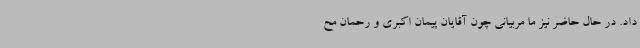
داد. در حال حاضر نیز ما مربیانی چون آقایان پیمان اکبری و رحمان مح